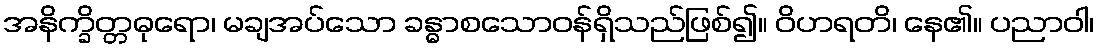
အနိက္ခိတ္တဓုရော၊ မချအပ်သော ခန္ဓာစသောဝန်ရှိသည်ဖြစ်၍။ ဝိဟရတိ၊ နေ၏။ ပညာဝါ၊